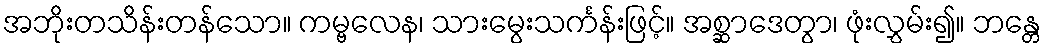
အဘိုးတသိန်းတန်သော။ ကမ္ဗလေန၊ သားမွေးသင်္ကန်းဖြင့်။ အစ္ဆာဒေတွာ၊ ဖုံးလွှမ်း၍။ ဘန္တေ